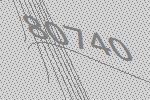
80740